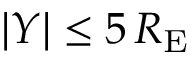
| Y | \leq 5 \, R _ { \mathrm { E } }